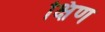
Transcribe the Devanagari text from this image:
क्षिण